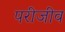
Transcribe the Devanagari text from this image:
परीजीव